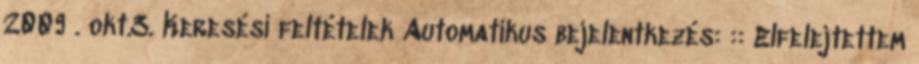
2009 . okt.3. Keresési feltételek Automatikus bejelentkezés: :: Elfelejtettem